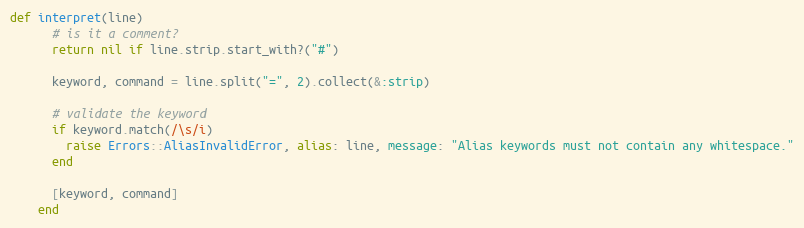
Language: Ruby
def interpret(line)
      # is it a comment?
      return nil if line.strip.start_with?("#")

      keyword, command = line.split("=", 2).collect(&:strip)

      # validate the keyword
      if keyword.match(/\s/i)
        raise Errors::AliasInvalidError, alias: line, message: "Alias keywords must not contain any whitespace."
      end

      [keyword, command]
    end